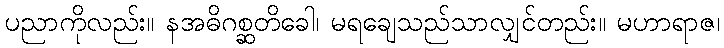
ပညာကိုလည်း။ နအဓိဂစ္ဆတိခေါ၊ မရချေသည်သာလျှင်တည်း။ မဟာရာဇ၊